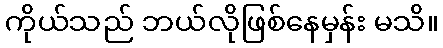
ကိုယ်သည် ဘယ်လိုဖြစ်နေမှန်း မသိ။